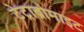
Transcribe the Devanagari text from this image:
टेट्राब्रोमाइट